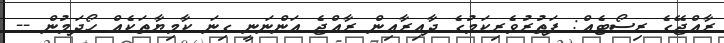
ރާއްޖޭގެ ރިސޯޓެއް: ފަތުރުވެރިކަމުގެ ދާއިރާއިން ރާއްޖެ އަންނަނީ ގިނަ ކާމިޔާތަކެއް ހޯދަމުން --